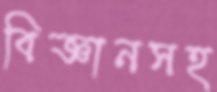
বিজ্ঞানসহ